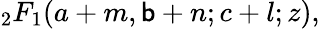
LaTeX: {}_{2}F_{1}(a+m,\mathsf{b}+n;c+l;z),